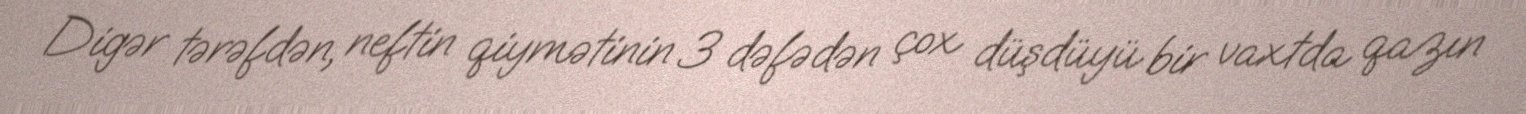
Digər tərəfdən, neftin qiymətinin 3 dəfədən çox düşdüyü bir vaxtda qazın